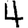
Digit: 4